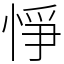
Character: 𢛵